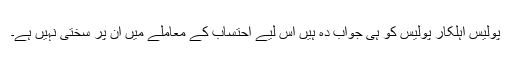
پولیس اہلکار پولیس کو ہی جواب دہ ہیں اس لیے احتساب کے معاملے میں ان پر سختی نہیں ہے۔